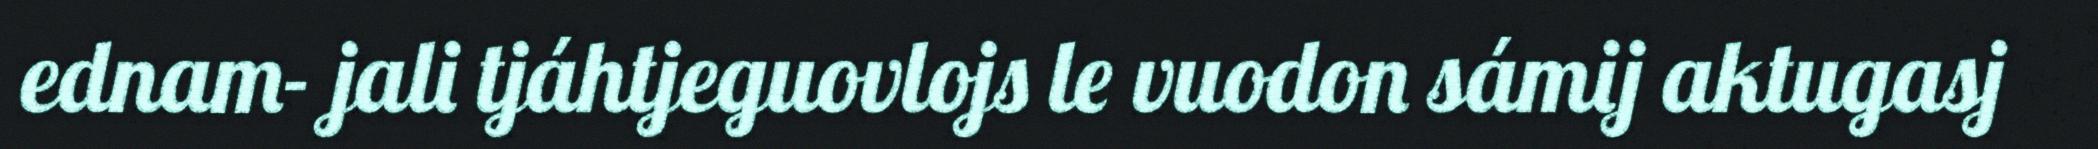
ednam- jali tjáhtjeguovlojs le vuodon sámij aktugasj